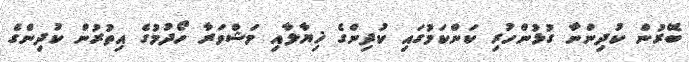
ބޭރުން ކުދިންނާ ގުޅުންހުރި ކަންކަމުގައި ކުދިންގެ ޚިޔާލާއި މަޝްވަރާ ހޯދުމުގެ އިތުރުން ކުދިންގެ